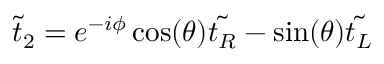
{ \tilde { t } } _ { 2 } = e ^ { - i \phi } \cos ( \theta ) { \tilde { t _ { R } } } - \sin ( \theta ) { \tilde { t _ { L } } }